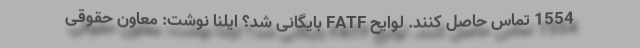
1554 تماس حاصل کنند. لوایح FATF بایگانی شد؟ ایلنا نوشت: معاون حقوقی